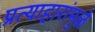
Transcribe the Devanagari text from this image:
प्रत्याहारांमुळे